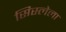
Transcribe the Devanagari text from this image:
सिस्लेला